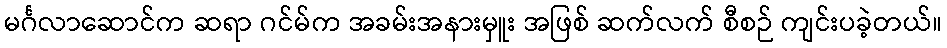
မင်္ဂလာဆောင်က ဆရာ ဂင်မ်က အခမ်းအနားမှူး အဖြစ် ဆက်လက် စီစဉ် ကျင်းပခဲ့တယ်။